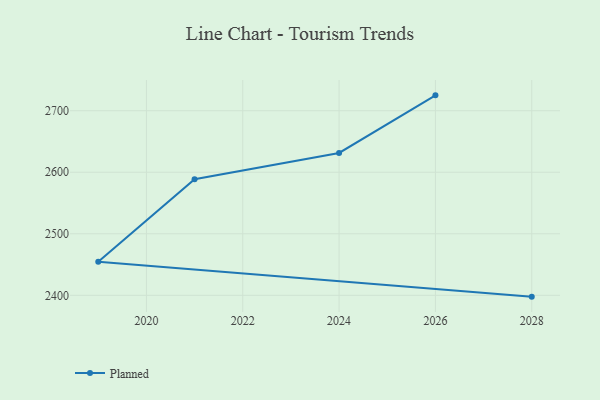
{"axis": {"x": "Year", "y": "Gross Profit (USD K)"}, "legend": ["Planned"], "data": [{"x": "2026", "y": 2725.0, "type": "Planned"}, {"x": "2024", "y": 2631.4, "type": "Planned"}, {"x": "2021", "y": 2588.6, "type": "Planned"}, {"x": "2019", "y": 2454.7, "type": "Planned"}, {"x": "2028", "y": 2397.8, "type": "Planned"}]}